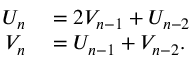
\begin{array} { r l } { U _ { n } } & { { } = 2 V _ { n - 1 } + U _ { n - 2 } } \\ { V _ { n } } & { { } = U _ { n - 1 } + V _ { n - 2 } . } \end{array}